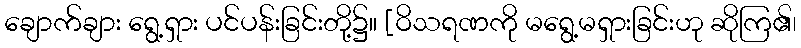
ချောက်ချား ရွေ့ရှား ပင်ပန်းခြင်းတို့၌။ [ဝိသရဏကို မရွေ့မရှားခြင်းဟု ဆိုကြ၏၊